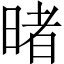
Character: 暏